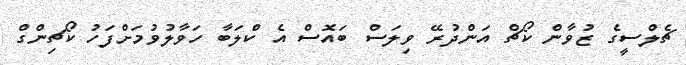
ޗެލްސީގެ ޒުވާން ކޯޗް އަންދުރޭ ވިލަސް ބައޮސް އެ ކްލަބާ ހަވާލުވުމަށްފަހު ކޯޗިންގް